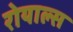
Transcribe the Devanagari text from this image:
रोयाल्स